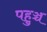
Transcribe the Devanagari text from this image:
पहुञ्च